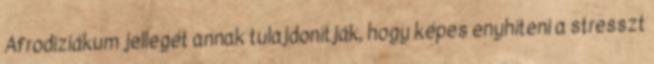
Afrodiziákum jellegét annak tulajdonítják, hogy képes enyhíteni a stresszt